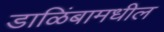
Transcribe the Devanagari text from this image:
डाळिंबामधील